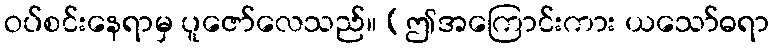
ဝပ်စင်းနေရာမှ ပူဇော်လေသည်။ (ဤအကြောင်းကား ယသော်ဓရာ